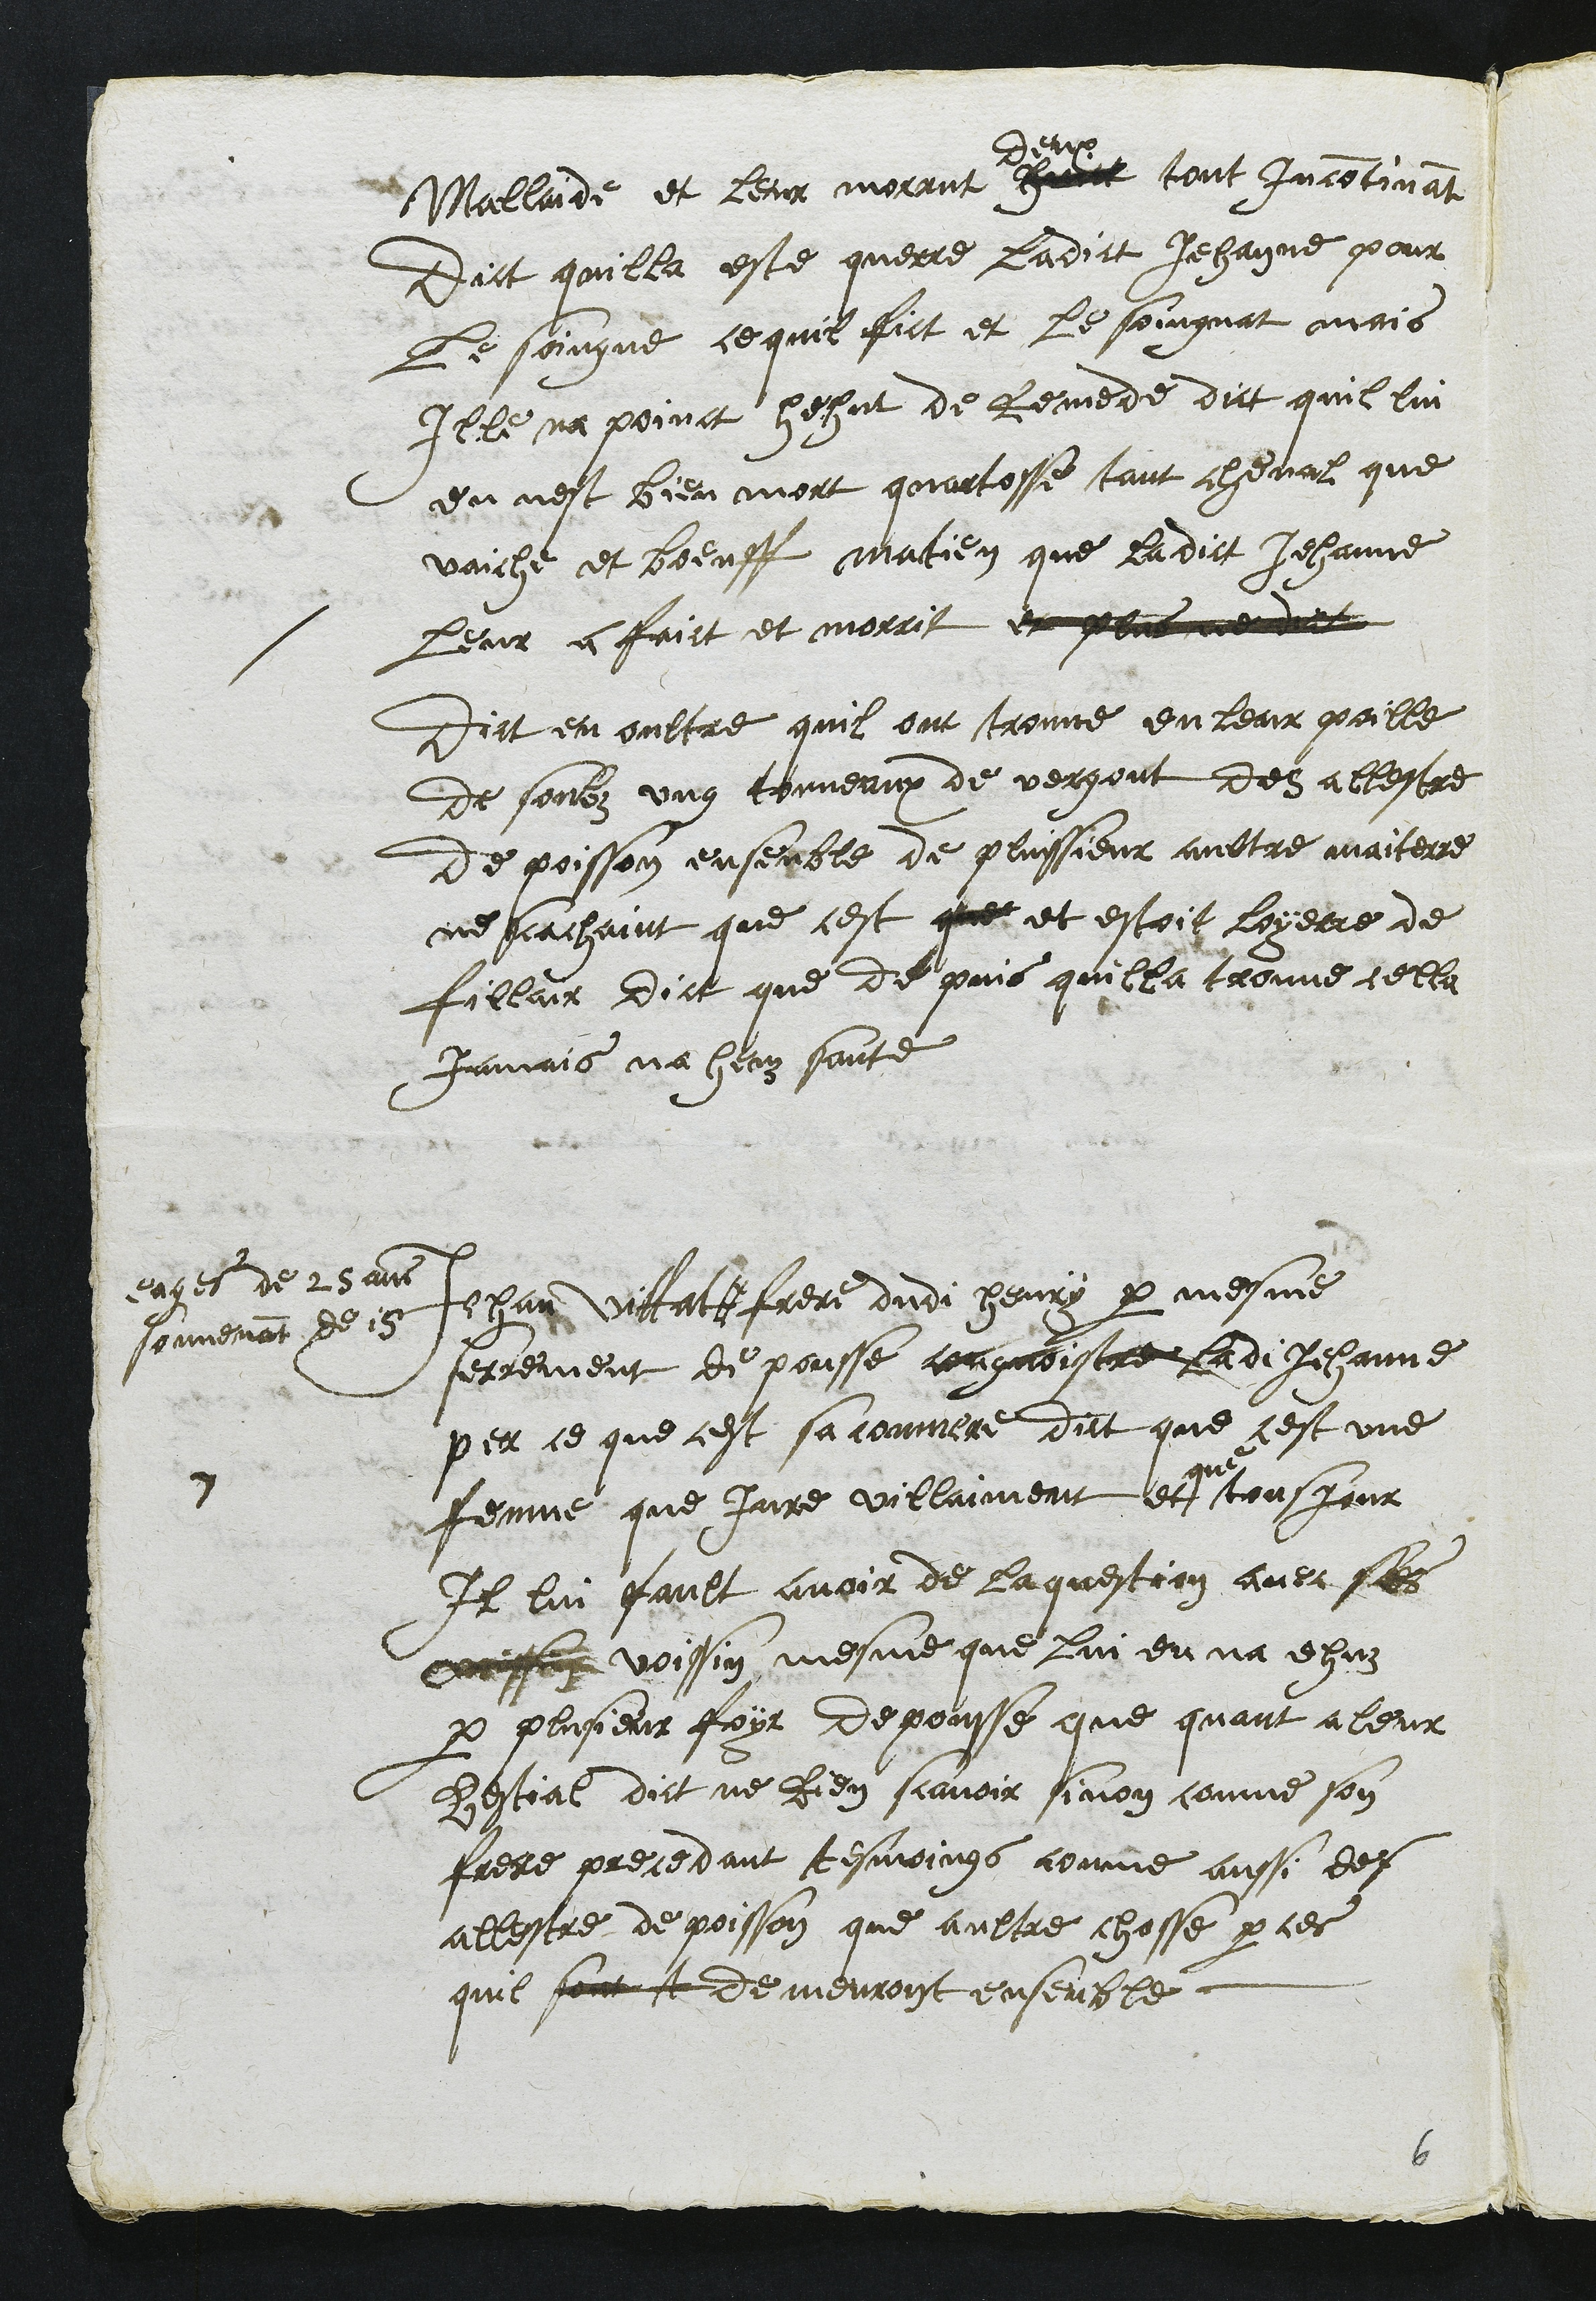
Mallaide et leur morrut huict
deux
tout incontinant
Dict quilla este querre ladict Jehanne pour
Le soigne ce quil fict et le soingnat mais
Ille na poinct hehut de Remede dict quil lui
en nest bien mort quartosse tant cheval que
vaiche et boeuff matien que ladict Jehanne
leur a faict et morrit et plus nen dit
Dict en oultre quil ont trouve en leur poille
de soubz ung tonneaux de vergout des allestre
de poisson ensemble de plussieur aultre maiterre
ne sachaint que cest que et estoit loyerre de
fillair dict que de puis quilla trouve cella
jamais na heuz sante
7
Jehan Vittat #
eages de 25 ans
souvenant de 15
frere dudi Henry par mesme
serrement de pousse congnoistre ladi Jehanne
per ce que cest sa commere dict que cest une
femme que Jure villaiment et
que
tousjour
Il lui fault avoir de la question avec ses
voissin voissin mesme que lui en na hehuz
par plusieurs foys depousse que quant a leur
Bestial dict ne Rien scavoir sinon comme son
frere precedant tesmoings comme aussi des
allestre de poisson que aultre chosse parces
quil sont t demeuront ensemble.
6